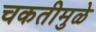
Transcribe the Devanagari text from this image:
चकतीमुळे